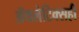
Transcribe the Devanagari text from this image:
ॲथलेटिक्सही